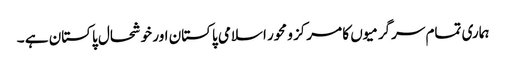
ہماری تمام سرگرمیوں کا مرکز و محور اسلامی پاکستان اور خوشحال پاکستان ہے ۔